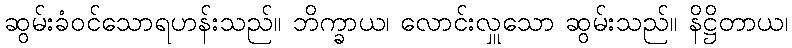
ဆွမ်းခံဝင်သောရဟန်းသည်။ ဘိက္ခာယ၊ လောင်းလှူသော ဆွမ်းသည်။ နိဋ္ဌိတာယ၊